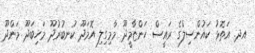
އދ. އަތޮޅު ކައުންސިލްގެ ރައީސް ހަންޏާމީދޫ މާމިގިލި އޮމަދޫ ކުނބުރުދޫ މަހިބަދޫ މަންދޫ